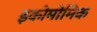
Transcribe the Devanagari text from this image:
इकोमोमिक